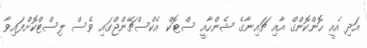
އަދި އެއީ ހޮންކޮންގް އާއި ޗައިނާގެ ޝެންހާއީ ސްޓޮކް އެކްސްޗޭންޖްގައި ވެސް ލިސްޓްކޮށްފައިވާ